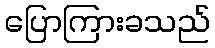
ပြောကြားခသည်